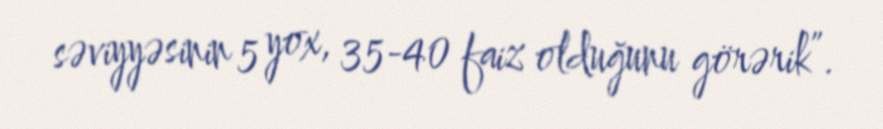
səviyyəsinin 5 yox, 35-40 faiz olduğunu görərik”.